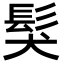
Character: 𩬇